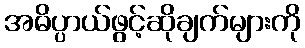
အဓိပ္ပာယ်ဖွင့်ဆိုချက်များကို